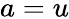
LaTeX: a=u